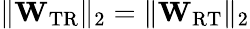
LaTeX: \lVert\mathbf{W}_{\mathrm{TR}}\rVert_{2}=\lVert\mathbf{W}_{\mathrm{RT}}\rVert_{2}